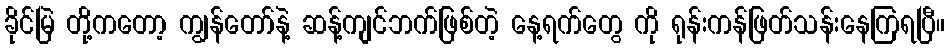
ခိုင်မြဲ တို့ကတော့ ကျွန်တော်နဲ့ ဆန့်ကျင်ဘက်ဖြစ်တဲ့ နေ့ရက်တွေ ကို ရုန်းကန်ဖြတ်သန်းနေကြရပြီ။